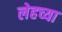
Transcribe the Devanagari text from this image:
लेहच्या